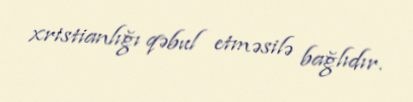
xristianlığı qəbul etməsilə bağlıdır.